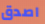
اصدق